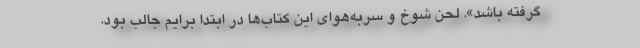
گرفته باشد». لحن شوخ و سربه‌هوای این کتاب‌ها در ابتدا برایم جالب بود.